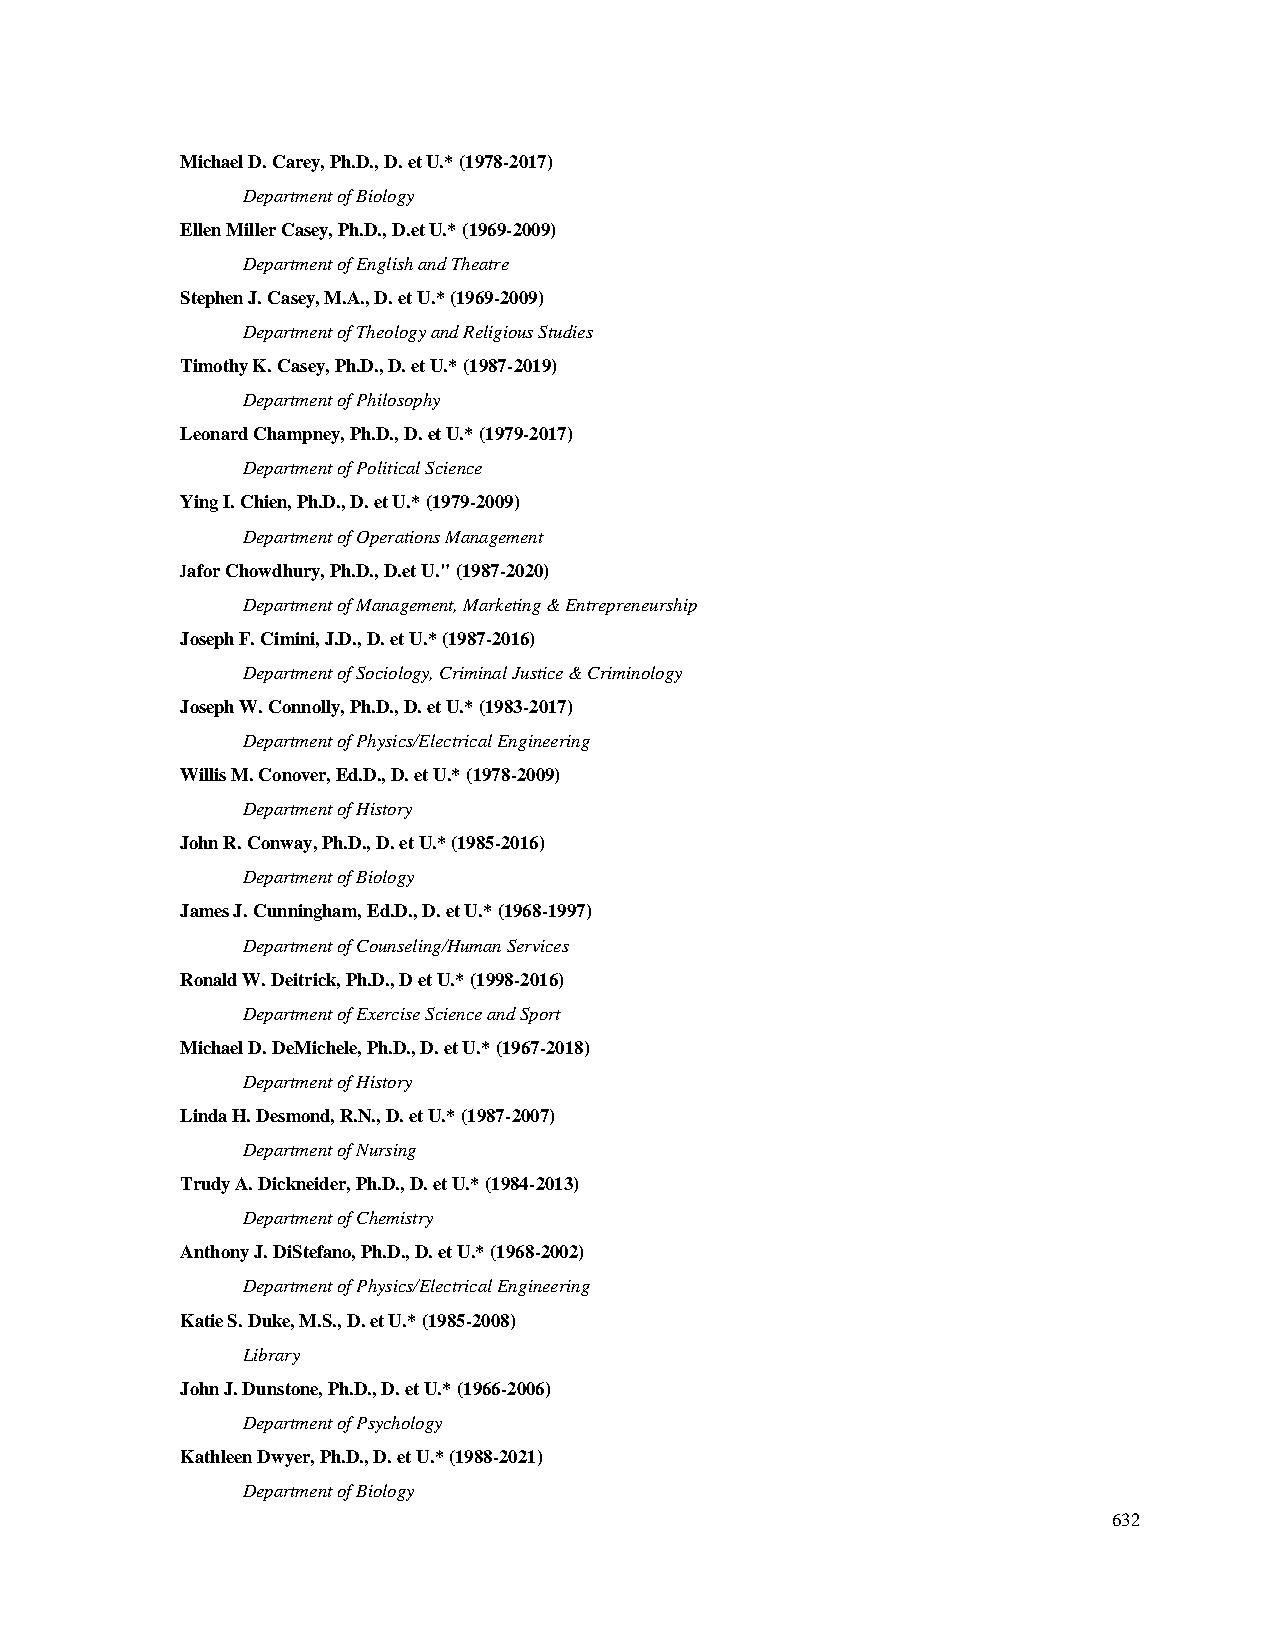
Michael D. Carey, Ph.D., D. et U.* (1978-2017)
 Department of Biology
 Ellen Miller Casey, Ph.D., D.et U.* (1969-2009)
 Department of English and Theatre
 Stephen J. Casey, M.A., D. et U.* (1969-2009)
 Department of Theology and Religious Studies
 Timothy K. Casey, Ph.D., D. et U.* (1987-2019)
 Department of Philosophy
 Leonard Champney, Ph.D., D. et U.* (1979-2017)
 Department of Political Science
 Ying I. Chien, Ph.D., D. et U.* (1979-2009)
 Department of Operations Management
 Jafor Chowdhury, Ph.D., D.et U." (1987-2020)
 Department of Management, Marketing & Entrepreneurship
 Joseph F. Cimini, J.D., D. et U.* (1987-2016)
 Department of Sociology, Criminal Justice & Criminology
 Joseph W. Connolly, Ph.D., D. et U.* (1983-2017)
 Department of Physics/Electrical Engineering
 Willis M. Conover, Ed.D., D. et U.* (1978-2009)
 Department of History
 John R. Conway, Ph.D., D. et U.* (1985-2016)
 Department of Biology
 James J. Cunningham, Ed.D., D. et U.* (1968-1997)
 Department of Counseling/Human Services
 Ronald W. Deitrick, Ph.D., D et U.* (1998-2016)
 Department of Exercise Science and Sport
 Michael D. DeMichele, Ph.D., D. et U.* (1967-2018)
 Department of History
 Linda H. Desmond, R.N., D. et U.* (1987-2007)
 Department of Nursing
 Trudy A. Dickneider, Ph.D., D. et U.* (1984-2013)
 Department of Chemistry
 Anthony J. DiStefano, Ph.D., D. et U.* (1968-2002)
 Department of Physics/Electrical Engineering
 Katie S. Duke, M.S., D. et U.* (1985-2008)
 Library
 John J. Dunstone, Ph.D., D. et U.* (1966-2006)
 Department of Psychology
 Kathleen Dwyer, Ph.D., D. et U.* (1988-2021)
 Department of Biology
 632